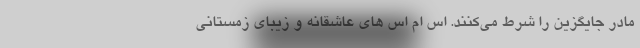
مادر جایگزین را شرط می‌کنند. اس ام اس های عاشقانه و زیبای زمستانی